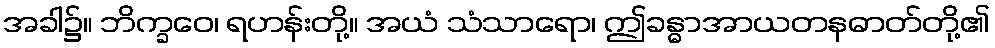
အခါ၌။ ဘိက္ခဝေ၊ ရဟန်းတို့။ အယံ သံသာရော၊ ဤခန္ဓာအာယတနဓာတ်တို့၏